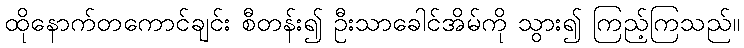
ထိုနောက်တကောင်ချင်း စီတန်း၍ ဦးသာခေါင်အိမ်ကို သွား၍ ကြည့်ကြသည်။